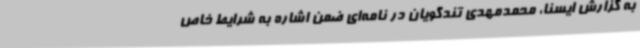
به گزارش ایسنا، محمدمهدی تندگویان در نامه‌ای ضمن اشاره به شرایط خاص